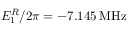
E _ { 1 } ^ { R } / 2 \pi = - 7 . 1 4 5 \: \mathrm { M H z }